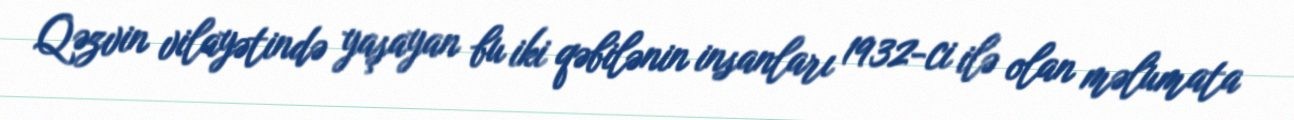
Qəzvin vilayətində yaşayan bu iki qəbilənin insanları 1932-ci ilə olan məlumata